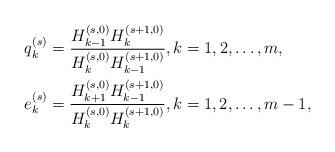
LaTeX: \begin{align*}&q_k^{(s)}=\frac{H_{k-1}^{(s,0)}H_{k}^{(s+1,0)}}{H_{k}^{(s,0)}H_{k-1}^{(s+1,0)}},k=1,2,\dots,m,\\&e_k^{(s)}=\frac{H_{k+1}^{(s,0)}H_{k-1}^{(s+1,0)}}{H_{k}^{(s,0)}H_{k}^{(s+1,0)}},k=1,2,\dots,m-1,\end{align*}